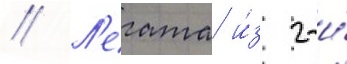
// Л'егата и́з 2-и́